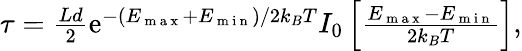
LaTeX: \begin{array}{r}{\tau=\frac{Ld}{2}\mathrm{e}^{-(E_{\mathrm{~m~a~x~}}+E_{\mathrm{~m~i~n~}})/2k_{B}T}I_{0}\left[\frac{E_{\mathrm{~m~a~x~}}-E_{\mathrm{~m~i~n~}}}{2k_{B}T}\right],}\end{array}